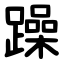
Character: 躁